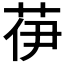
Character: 𦭽